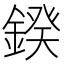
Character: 鍨